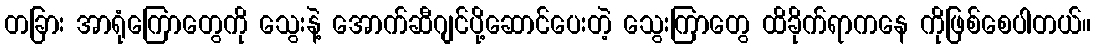
တခြား အာရုံကြောတွေကို သွေးနဲ့ အောက်ဆီဂျင်ပို့ဆောင်ပေးတဲ့ သွေးကြာတွေ ထိခိုက်ရာကနေ ကိုဖြစ်စေပါတယ်။